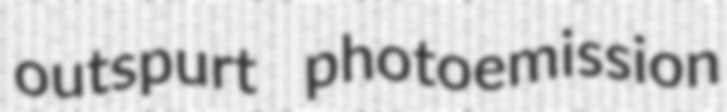
outspurt photoemission